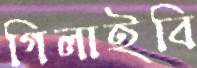
গিলাইবি